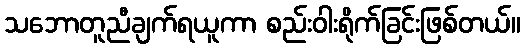
သဘောတူညီချက်ရယူကာ စည်းဝါးရိုက်ခြင်းဖြစ်တယ်။